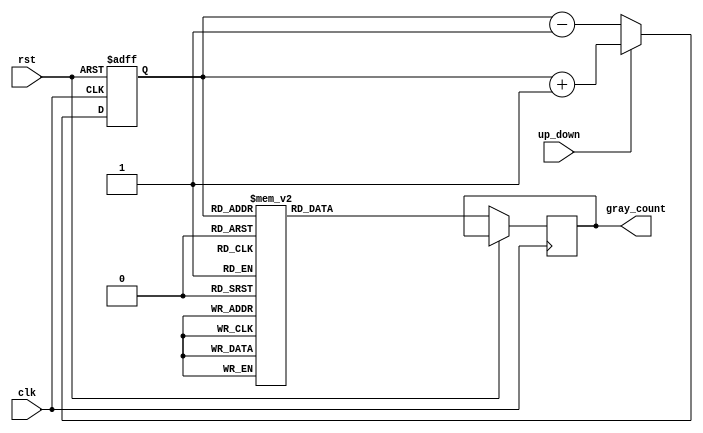
module GrayCounter (
    input wire clk,
    input wire rst,
    input wire up_down,
    output reg [3:0] gray_count
);

reg [3:0] count;

always @ (posedge clk or posedge rst) begin
    if (rst) begin
        count <= 4'b0000;
    end 
    else begin
        if (up_down) begin
            count <= count + 1;
        end 
        else begin
            count <= count - 1;
        end
        
        case (count)
            4'b0000: gray_count <= 4'b0000;
            4'b0001: gray_count <= 4'b0001;
            4'b0011: gray_count <= 4'b0010;
            4'b0010: gray_count <= 4'b0011;
            4'b0110: gray_count <= 4'b0100;
            4'b0111: gray_count <= 4'b0101;
            4'b0101: gray_count <= 4'b0110;
            4'b0100: gray_count <= 4'b0111;
            4'b1100: gray_count <= 4'b1000;
            4'b1101: gray_count <= 4'b1001;
            4'b1111: gray_count <= 4'b1010;
            4'b1110: gray_count <= 4'b1011;
            4'b1010: gray_count <= 4'b1100;
            4'b1011: gray_count <= 4'b1101;
            4'b1001: gray_count <= 4'b1110;
            4'b1000: gray_count <= 4'b1111;
            default: gray_count <= 4'b0000;
        endcase
    end
end

endmodule